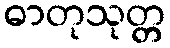
ဓာတုသုတ္တ